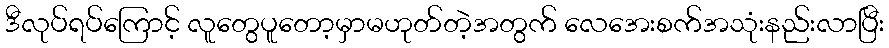
ဒီလုပ်ရပ်ကြောင့် လူတွေပူတော့မှာမဟုတ်တဲ့အတွက် လေအေးစက်အသုံးနည်းလာပြီး